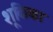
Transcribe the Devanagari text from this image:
शूकिका